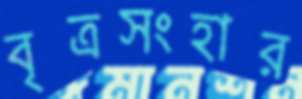
বৃত্রসংহার